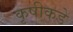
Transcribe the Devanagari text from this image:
कृषीकडे